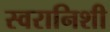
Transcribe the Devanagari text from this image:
स्वरानिशी